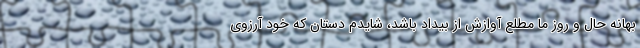
بهانه حال و روز ما مطلع آوازش از بیداد باشد، شایدم دستان که خود آرزوی